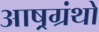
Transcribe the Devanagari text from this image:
आष्रग्रंथों